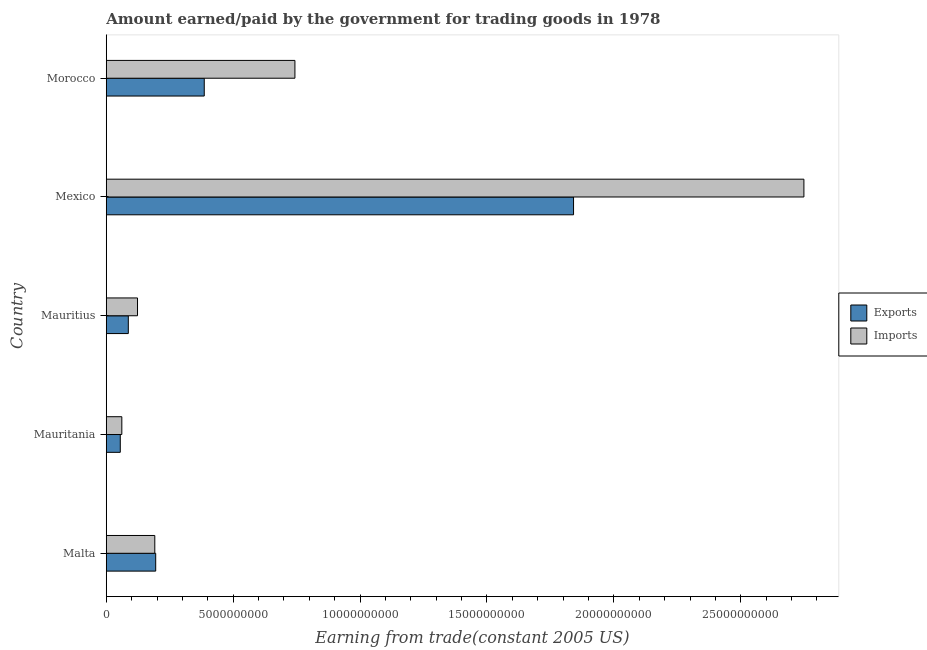
| Country | Exports | Imports |
 | --- | --- | --- |
 | Malta | 1.95e+09 | 1.91e+09 |
 | Mauritania | 5.53e+08 | 6.14e+08 |
 | Mauritius | 8.69e+08 | 1.23e+09 |
 | Mexico | 1.84e+10 | 2.75e+10 |
 | Morocco | 3.86e+09 | 7.43e+09 |